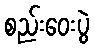
စည်းဝေးပွဲ